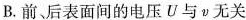
B.前后表面间的电压U与ν无关